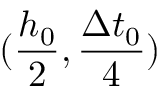
( \frac { h _ { 0 } } { 2 } , \frac { \Delta t _ { 0 } } { 4 } )